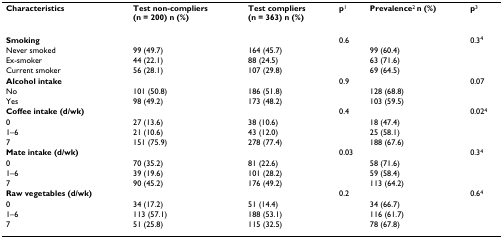
<table><thead><tr><td><b>Characteristics</b></td><td><b>Test non-compliers (n = 200) n (%)</b></td><td><b>Test compliers (n = 363) n (%)</b></td><td><b>p<sup>1</sup></b></td><td><b>Prevalence<sup>2 </sup>n (%)</b></td><td><b>p<sup>3</sup></b></td></tr></thead><tbody><tr><td><b>Smoking</b></td><td></td><td></td><td>0.6</td><td></td><td>0.3<sup>4</sup></td></tr><tr><td>Never smoked</td><td>99 (49.7)</td><td>164 (45.7)</td><td></td><td>99 (60.4)</td><td></td></tr><tr><td>Ex-smoker</td><td>44 (22.1)</td><td>88 (24.5)</td><td></td><td>63 (71.6)</td><td></td></tr><tr><td>Current smoker</td><td>56 (28.1)</td><td>107 (29.8)</td><td></td><td>69 (64.5)</td><td></td></tr><tr><td><b>Alcohol intake</b></td><td></td><td></td><td>0.9</td><td></td><td>0.07</td></tr><tr><td>No</td><td>101 (50.8)</td><td>186 (51.8)</td><td></td><td>128 (68.8)</td><td></td></tr><tr><td>Yes</td><td>98 (49.2)</td><td>173 (48.2)</td><td></td><td>103 (59.5)</td><td></td></tr><tr><td><b>Coffee intake (d/wk)</b></td><td></td><td></td><td>0.4</td><td></td><td>0.02<sup>4</sup></td></tr><tr><td>0</td><td>27 (13.6)</td><td>38 (10.6)</td><td></td><td>18 (47.4)</td><td></td></tr><tr><td>1–6</td><td>21 (10.6)</td><td>43 (12.0)</td><td></td><td>25 (58.1)</td><td></td></tr><tr><td>7</td><td>151 (75.9)</td><td>278 (77.4)</td><td></td><td>188 (67.6)</td><td></td></tr><tr><td><b>Mate intake (d/wk)</b></td><td></td><td></td><td>0.03</td><td></td><td>0.3<sup>4</sup></td></tr><tr><td>0</td><td>70 (35.2)</td><td>81 (22.6)</td><td></td><td>58 (71.6)</td><td></td></tr><tr><td>1–6</td><td>39 (19.6)</td><td>101 (28.2)</td><td></td><td>59 (58.4)</td><td></td></tr><tr><td>7</td><td>90 (45.2)</td><td>176 (49.2)</td><td></td><td>113 (64.2)</td><td></td></tr><tr><td><b>Raw vegetables (d/wk)</b></td><td></td><td></td><td>0.2</td><td></td><td>0.6<sup>4</sup></td></tr><tr><td>0</td><td>34 (17.2)</td><td>51 (14.4)</td><td></td><td>34 (66.7)</td><td></td></tr><tr><td>1–6</td><td>113 (57.1)</td><td>188 (53.1)</td><td></td><td>116 (61.7)</td><td></td></tr><tr><td>7</td><td>51 (25.8)</td><td>115 (32.5)</td><td></td><td>78 (67.8)</td><td></td></tr></tbody></table>